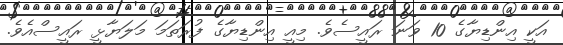
އަކީ އިންޑިޔާގެ 10 ވަނަ ރައީސެވެ. މިއީ އިންޑިޔާގެ ފުރަތަމަ މަލަޔާޅީ ރައީސްއެވެ.